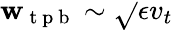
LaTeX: \mathbf{w}_{\mathrm{{~t~p~b~}}}\sim\sqrt{}{{\epsilon}}v_{t}